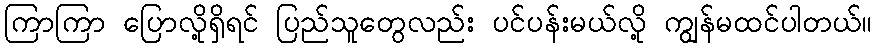
ကြာကြာ ပြောလို့ရှိရင် ပြည်သူတွေလည်း ပင်ပန်းမယ်လို့ ကျွန်မထင်ပါတယ်။